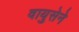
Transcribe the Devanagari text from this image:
वायुसेने